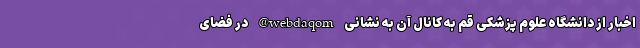
اخبار از دانشگاه علوم پزشکی قم به کانال آن به نشانی webdaqom@ در فضای